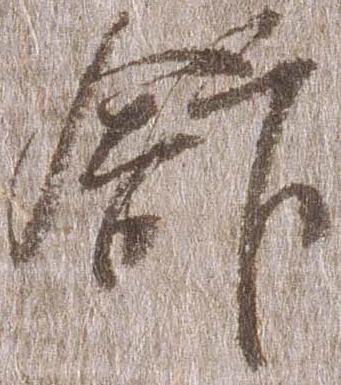
館